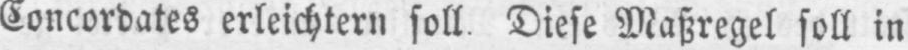
Concordates erleichtern soll. Diese Maßregel soll in